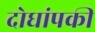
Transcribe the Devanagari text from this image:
दोघांपकी